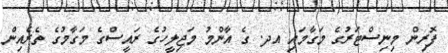
ފޮރިން މިނިސްޓަރުގެ މަގާމައި އދ. ގެ އާންމު މަޖިލީހުގެ ރައީސްގެ މަގާމުގެ ތެރެއިން